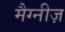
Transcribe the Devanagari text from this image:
मैग्नीज़